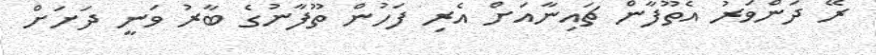
ރޭ ދަންވަރު އެތޫފާން ޗައިނާއަށް އެރި ފަހުން ތޫފާނުގެ ބާރު ވަނީ ދަށަށް